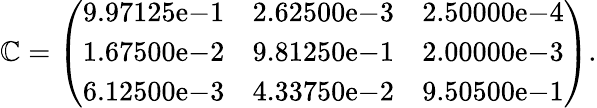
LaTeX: \mathbb{C}=\left(\begin{array}{cccc}{9.97125\mathrm{e}{-1}}&{2.62500\mathrm{e-}{3}}&{2.50000\mathrm{e}{-4}}\\ {1.67500\mathrm{e}{-2}}&{9.81250\mathrm{e-}{1}}&{2.00000\mathrm{e}{-3}}\\ {6.12500\mathrm{e}{-3}}&{4.33750\mathrm{e-}{2}}&{9.50500\mathrm{e}{-1}}\end{array}\right).